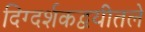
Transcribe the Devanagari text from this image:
दिग्दर्शकद्वयीतले